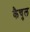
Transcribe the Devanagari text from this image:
कैचुल